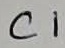
Text: C1